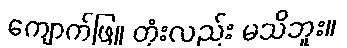
ကျောက်ဖြူ တုံးလည်း မသိဘူး။